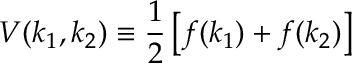
V ( k _ { 1 } , k _ { 2 } ) \equiv { \frac { 1 } { 2 } } \left[ f ( k _ { 1 } ) + f ( k _ { 2 } ) \right]